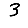
Digit: 3